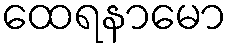
ထေရနာမော